Scottish Certificate of Education, 1963
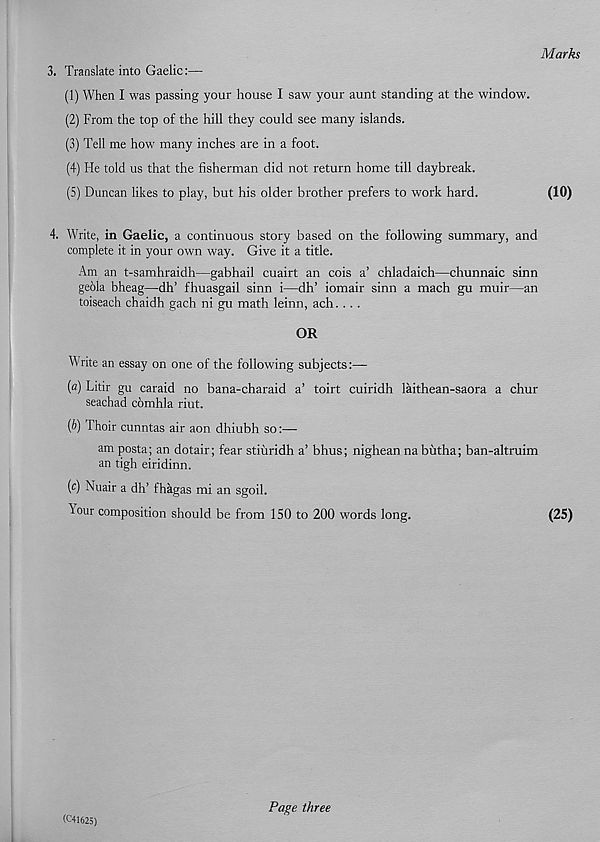
3. Translate into Gaelic:—
(1) When I was passing your house I saw your aunt standing at the window
(2) From the top of the hill they could see many islands.
(3) Tell me how many inches are in a foot.
(4) He told us that the fisherman did not return home till daybreak.
(5) Duncan likes to play, but his older brother prefers to work hard.
4. Write, in Gaelic, a continuous story based on the following summary, and
complete it in your own way. Give it a title.
Am an t-samhraidh—gabhail cuairt an cois a’ chladaich—chunnaic sinn
geola bheag—dh’ fhuasgail sinn i—dh’ iomair sinn a mach gu muir—an
toiseach chaidh gach ni gu math leinn, ach. . . .
OR
Write an essay on one of the following subjects:—
(a) Litir gu caraid no bana-charaid a’ toirt cuiridh laithean-saora a chur
seachad comhla riut.
(b) Thoir cunntas air aon dhiubh so:'—-
am posta; an dotair; fear stiuridh a’ bhus; nighean na butha; ban-altruim
an tigh eiridinn.
(c) Nuair a dh’ fhagas mi an sgoil.
^our composition should be from 150 to 200 words long.
(25)
Marks
(10)
(C41625)
Page three